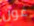
غون